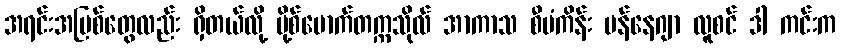
အရင်းအမြစ်တွေလည်း ရှိတယ်လို့ ပို့စ်မောက်တက္ကသိုလ် အာကာသ စီမံကိန်း မန်နေဂျာ လူစင် ဒါ ကင်းက